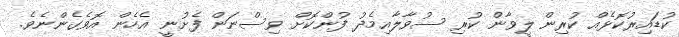
ކުޑައިރުކޮޅެއް ކުރިން ލީވާން ކުރި ސުވާލާއިމެދު ފުންކޮށް ވިސްނަން ފެށުނީ އެހެން އޮވެގެންނެވެ.